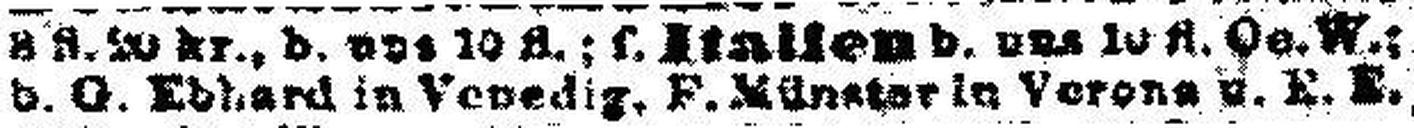
v. G. Edhard in Venedig, F. Münster in Verona u. E. E.